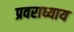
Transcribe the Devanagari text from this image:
प्रवराध्याय